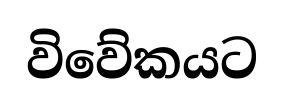
විවේකයට